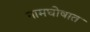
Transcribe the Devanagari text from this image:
नामघोषात